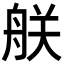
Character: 𦨶